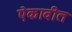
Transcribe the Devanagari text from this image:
ऐकावीत